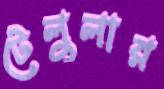
টেলুলার